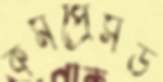
কমপ্রেসড